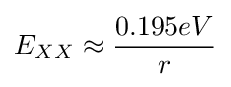
E_{XX}\approx {\frac {0.195eV}{r}}